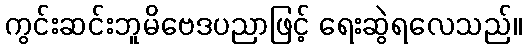
ကွင်းဆင်းဘူမိဗေဒပညာဖြင့် ရေးဆွဲရလေသည်။